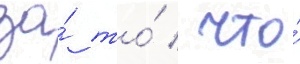
за́ то́ / что́